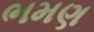
ભમણ